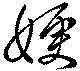
嫂